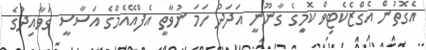
އެގޮތުން އެގްޒެކެޓިވް ކޮމިީގެ ގާނޫނީ އަދަދު ހަމަ ނުވާތީ އެފްއޭއެމްގެ އަސާސީ ގަވާއިދުގެ